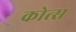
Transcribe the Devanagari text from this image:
कोत्स